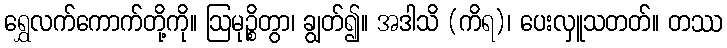
ရွှေလက်ကောက်တို့ကို။ ဩမုဉ္စိတွာ၊ ချွတ်၍။ အဒါသိ (ကိရ)၊ ပေးလှူသတတ်။ တဿ